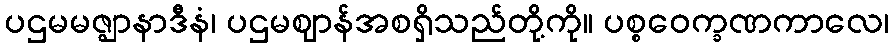
ပဌမမဇ္ဈာနာဒီနံ၊ ပဌမဈာန်အစရှိသည်တို့ကို။ ပစ္စဝေက္ခဏကာလေ၊